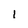
Character: 1